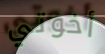
أخوتي